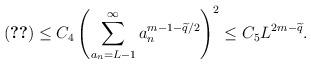
LaTeX: \begin{align*}\eqref{pf:FinalPart2} &\leq C_4 \left(\sum_{a_n = L-1}^\infty a_n^{m-1-\widetilde{q}/2}\right)^2 \leq C_5 L^{2m-\widetilde{q}}. \end{align*}